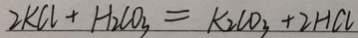
2 K C l + H _ { 2 } C O _ { 3 } = K _ { 2 } C O _ { 3 } + 2 H C l